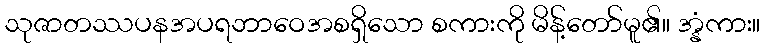
သုဇာတဿပနအပရဘာဝေအစရှိသော စကားကို မိန့်တော်မူ၏။ အ္နံကား။